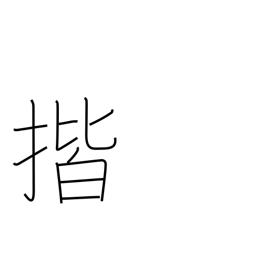
Meaning: wipe